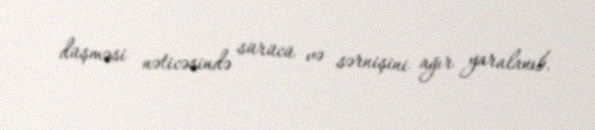
düşməsi nəticəsində sürücü və sərnişini ağır yaralanıb.